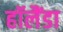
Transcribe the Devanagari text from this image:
हॉलैंडा